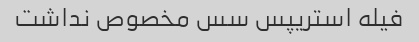
فیله استریپس سس مخصوص نداشت